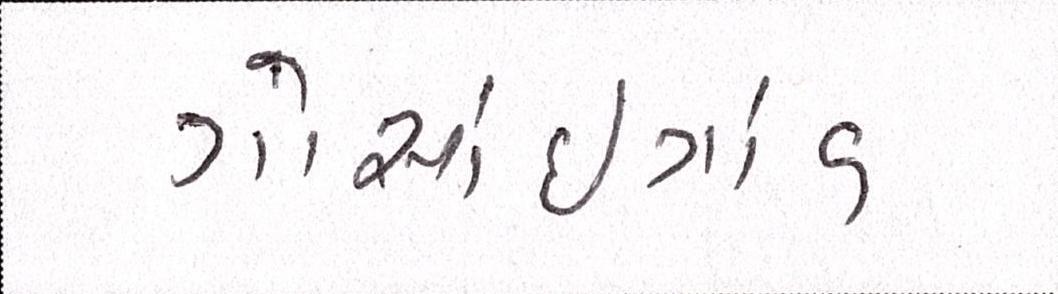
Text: ગોસાંઇગાંવ